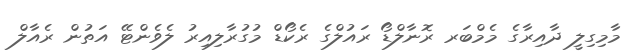
މާމިގިލީ ދާއިރާގެ މެމްބަރ ރޮނާލްޑޯ ރައުލްގެ ރެކޯޑް މުގުރާލިއިރު ލެވެންޓޭ އަތުން ރެއާލް